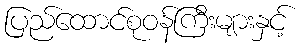
ပြည်ထောင်စုဝန်ကြီးများနှင့်